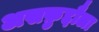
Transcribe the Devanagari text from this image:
असफ़ुद्दौला